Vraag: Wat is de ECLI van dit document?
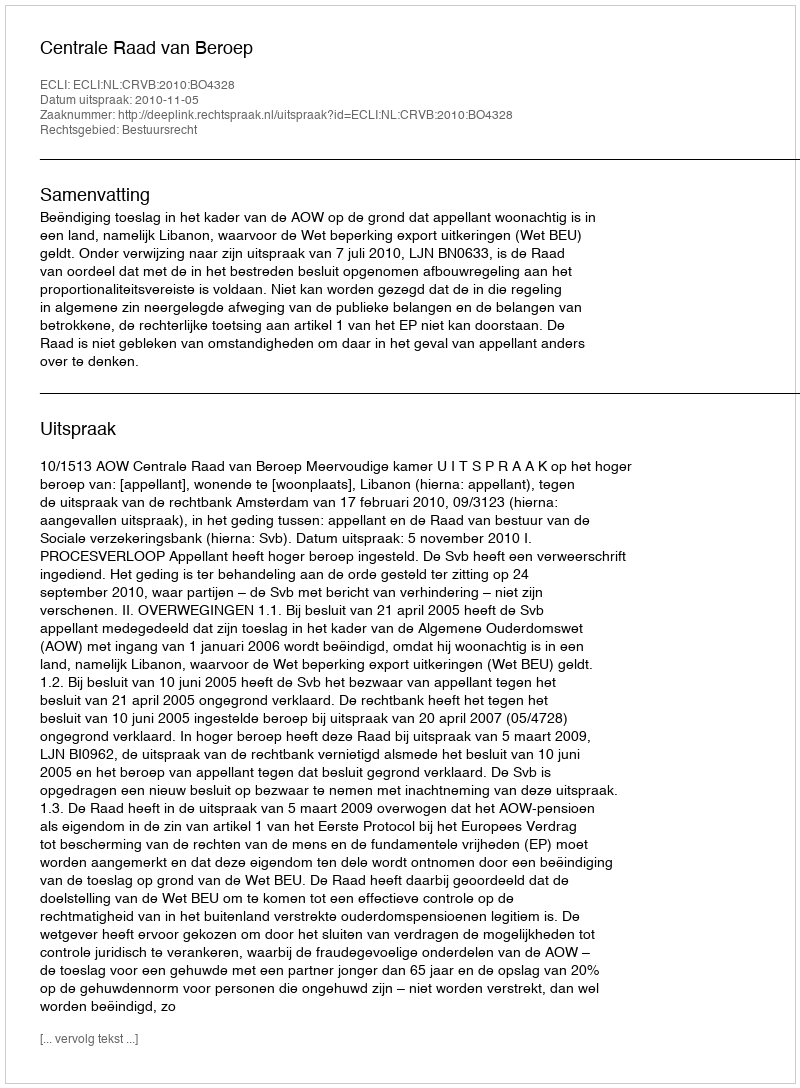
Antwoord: ECLI:NL:CRVB:2010:BO4328